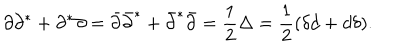
LaTeX: \partial \partial ^ { * } + \partial ^ { * } \partial = \bar { \partial } \bar { \partial } ^ { * } + \bar { \partial } ^ { * } \bar { \partial } = \frac 1 2 \Delta = \frac 1 2 ( \delta d + d \delta ) . \nonumber